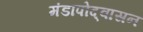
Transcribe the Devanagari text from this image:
मंडापोद्‌वासन